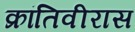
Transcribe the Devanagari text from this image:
क्रांतिवीरास